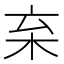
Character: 𣏋